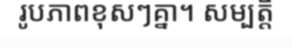
រូបភាពខុសៗគ្នា។ សម្បត្តិ